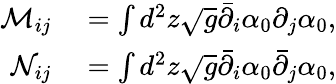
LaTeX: \begin{array}{rl}{\mathcal M_{ij}}&{{}=\int d^{2}z\sqrt{g}\bar{\partial}_{i}\alpha_{0}\partial_{j}\alpha_{0},}\\ {\mathcal N_{ij}}&{{}=\int d^{2}z\sqrt{g}\bar{\partial}_{i}\alpha_{0}\bar{\partial}_{j}\alpha_{0},}\end{array}